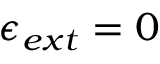
\epsilon _ { e x t } = 0